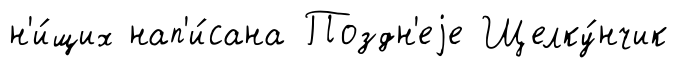
н'и́щих нап'и́сана Поздн'еjе Щелку́нчик